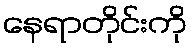
နေရာတိုင်းကို